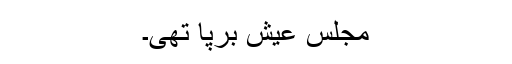
مجلسِ عیش برپا تھی۔